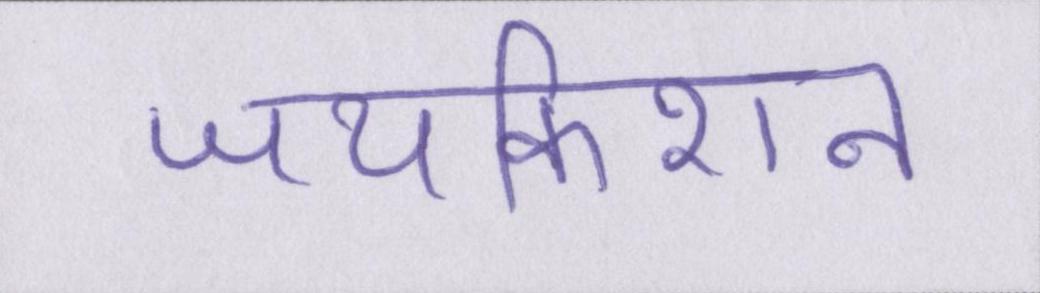
जयकिशन